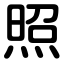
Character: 照